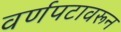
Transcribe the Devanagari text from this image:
वर्णपटावरून